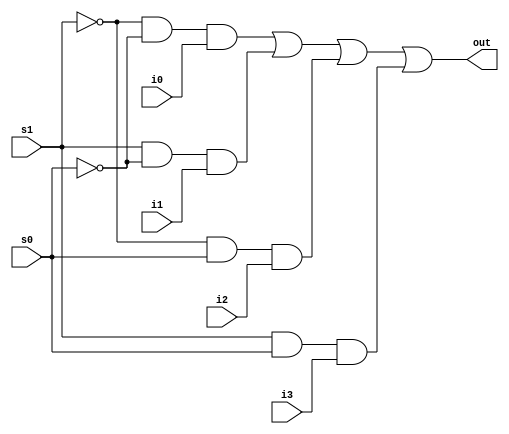
module mux4_d (out,i0,i1,i2,i3,s0,s1);

	input i0;
	input i1;
	input i2;
	input i3;
	input s0;
	input s1;

	output out;

	wire t0, t1, t2, t3;

	assign t0 = ~s1 & ~s0 & i0;
	assign t1 = s1 & ~s0 & i1;
	assign t2 = ~s1 & s0 & i2;
	assign t3 = s1 & s0 & i3;
	assign out = t0 | t1 | t2 | t3;

endmodule